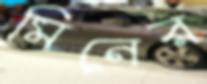
মিনের